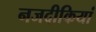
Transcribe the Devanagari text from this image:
नजदीकियां